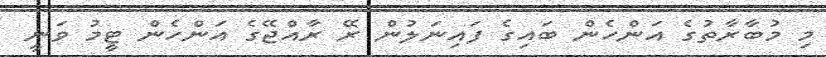
މި މުބާރާތުގެ އަންހެން ބައިގެ ފައިނަލުން ރޭ ރާއްޖޭގެ އަންހެން ޓީމު ވަނީ